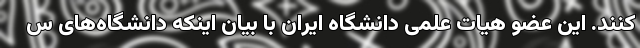
کنند. این عضو هیات علمی دانشگاه ایران با بیان اینکه دانشگاه‌های س